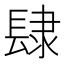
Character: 𨽸